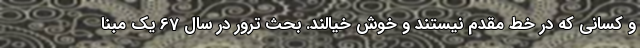
و کسانی که در خط مقدم نیستند و خوش خیالند. بحث ترور در سال 67 یک مبنا